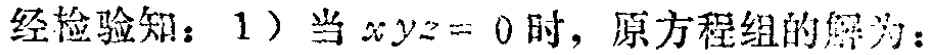
经检验知：1）当 \(xyz = 0\) 时，原方程组的解为：